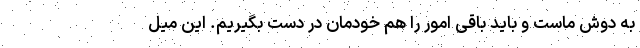
به دوش ماست و باید باقی امور را هم خودمان در دست بگیریم. این میل